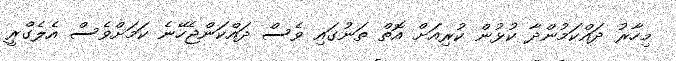
މިހާރު ދައްކަމުންދާ ކުޅުން ކުރިއަށް އޮތް ތަނުގައި ވެސް ދައްކަންޖެހޭނެ ކަމަށްވެސް އެލެގްރީ